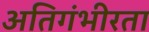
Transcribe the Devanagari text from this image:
अतिगंभीरता